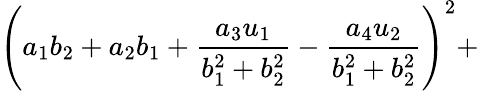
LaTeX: \left(a_{1}b_{2}+a_{2}b_{1}+{\frac{a_{3}u_{1}}{b_{1}^{2}+b_{2}^{2}}}-{\frac{a_{4}u_{2}}{b_{1}^{2}+b_{2}^{2}}}\right)^{2}+